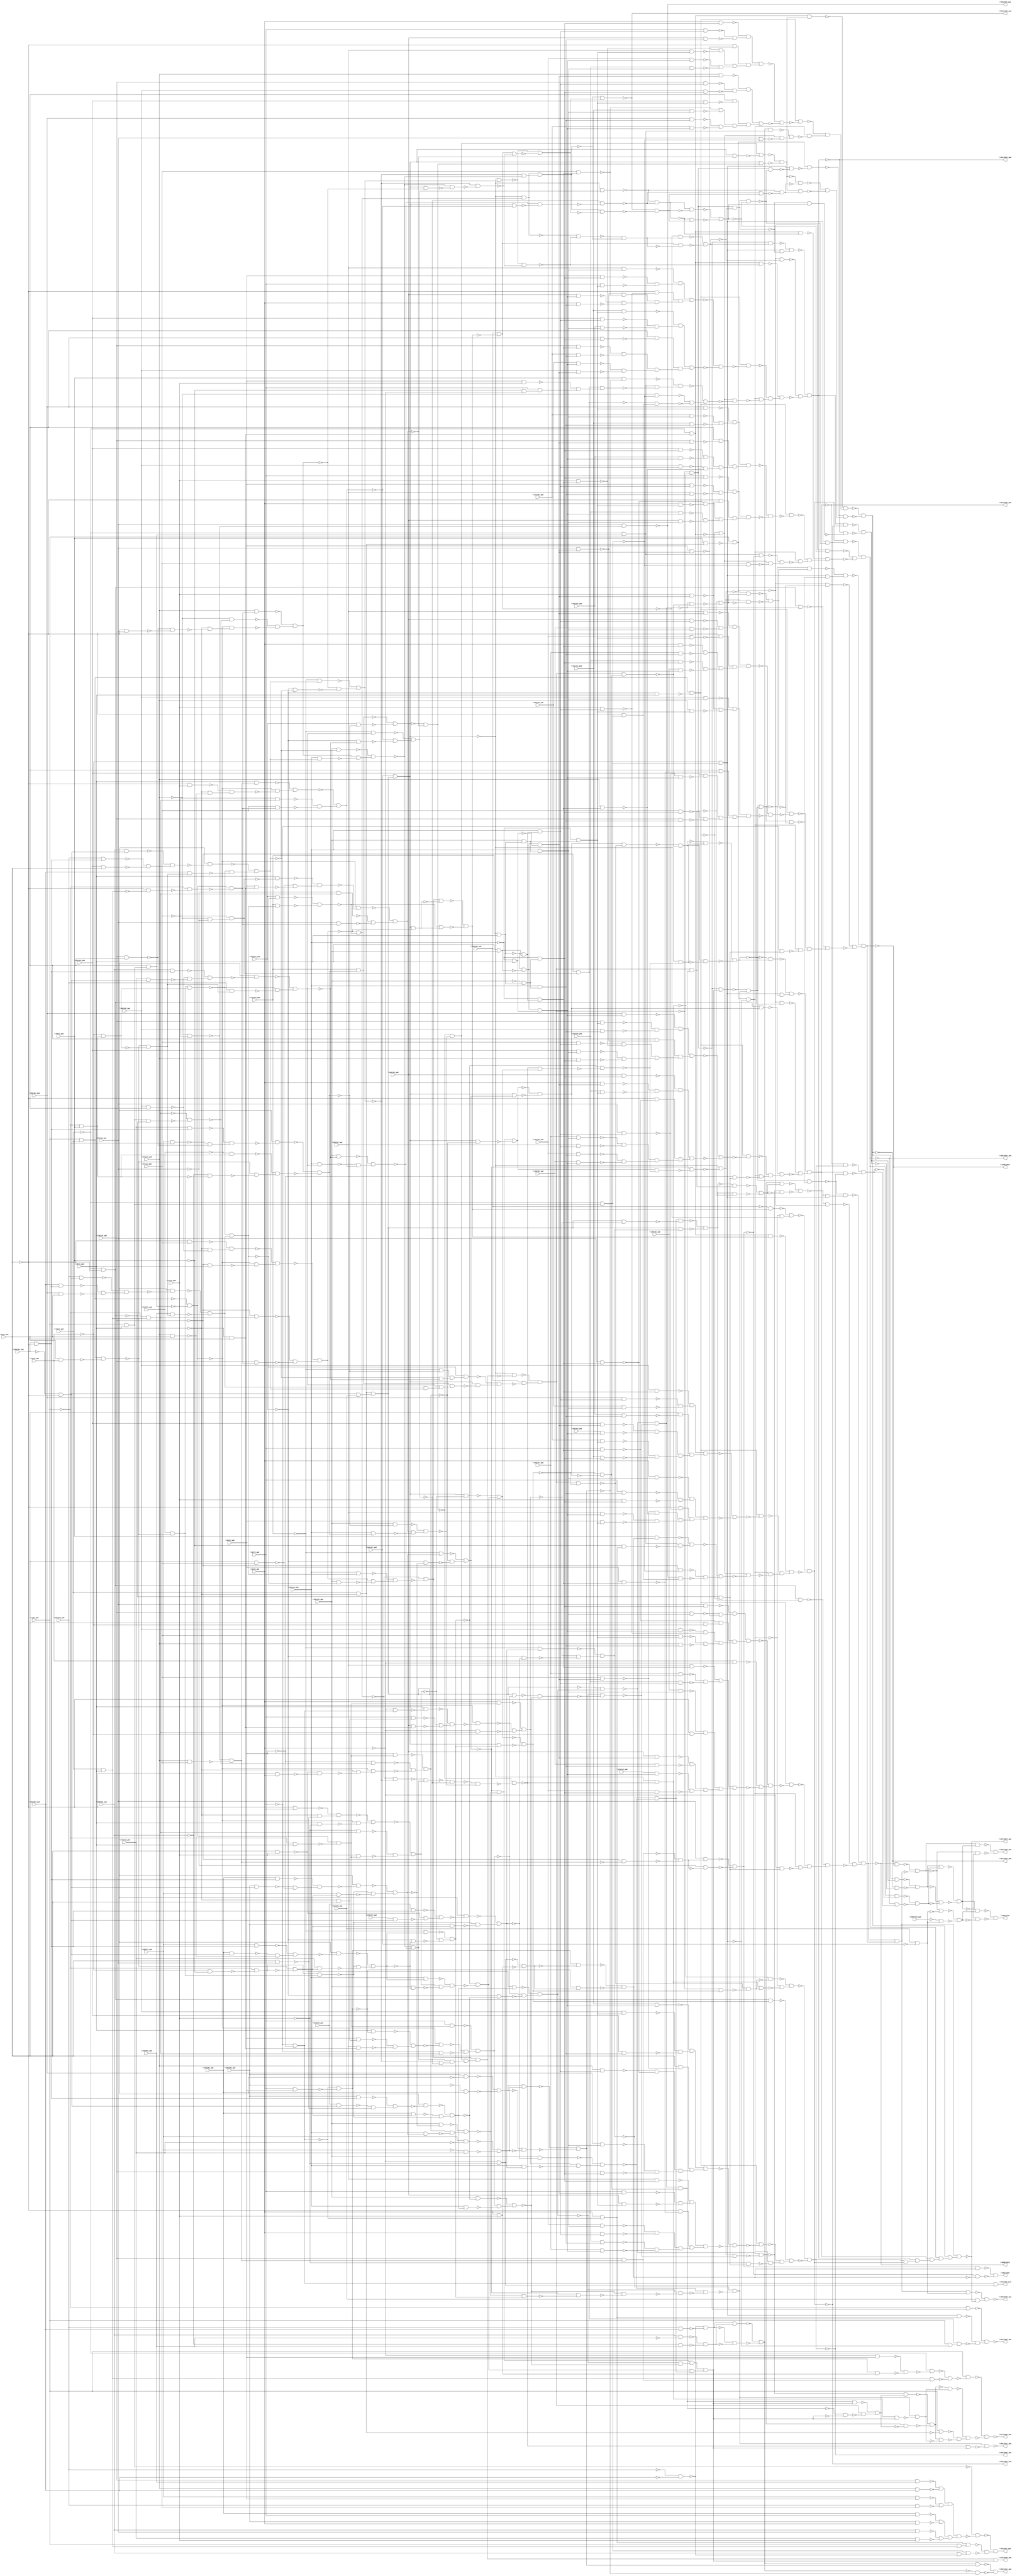
module top( \1(0)_pad  , \107(12)_pad  , \116(13)_pad  , \124(14)_pad  , \125(15)_pad  , \128(16)_pad  , \13(1)_pad  , \132(17)_pad  , \137(18)_pad  , \143(19)_pad  , \150(20)_pad  , \159(21)_pad  , \169(22)_pad  , \1698(48)_pad  , \179(23)_pad  , \190(24)_pad  , \20(2)_pad  , \200(25)_pad  , \213(26)_pad  , \222(27)_pad  , \223(28)_pad  , \226(29)_pad  , \232(30)_pad  , \238(31)_pad  , \244(32)_pad  , \250(33)_pad  , \257(34)_pad  , \264(35)_pad  , \270(36)_pad  , \274(37)_pad  , \283(38)_pad  , \2897(49)_pad  , \294(39)_pad  , \303(40)_pad  , \311(41)_pad  , \317(42)_pad  , \322(43)_pad  , \326(44)_pad  , \329(45)_pad  , \33(3)_pad  , \330(46)_pad  , \343(47)_pad  , \41(4)_pad  , \45(5)_pad  , \50(6)_pad  , \58(7)_pad  , \68(8)_pad  , \77(9)_pad  , \87(10)_pad  , \97(11)_pad  , \2690(1611)  , \2709(1587)  , \353(405)_pad  , \355(399)_pad  , \358(1161)_pad  , \361(940)_pad  , \364(1484)_pad  , \367(1585)_pad  , \369(1321)_pad  , \372(1243)_pad  , \381(1626)_pad  , \384(1553)_pad  , \387(1616)_pad  , \390(1603)_pad  , \393(1605)_pad  , \396(1504)_pad  , \399(1428)_pad  , \402(1718)_pad  , \404(1714)  , \407(1657)_pad  , \409(1670)_pad  , \605(1186)  );
  input \1(0)_pad  ;
  input \107(12)_pad  ;
  input \116(13)_pad  ;
  input \124(14)_pad  ;
  input \125(15)_pad  ;
  input \128(16)_pad  ;
  input \13(1)_pad  ;
  input \132(17)_pad  ;
  input \137(18)_pad  ;
  input \143(19)_pad  ;
  input \150(20)_pad  ;
  input \159(21)_pad  ;
  input \169(22)_pad  ;
  input \1698(48)_pad  ;
  input \179(23)_pad  ;
  input \190(24)_pad  ;
  input \20(2)_pad  ;
  input \200(25)_pad  ;
  input \213(26)_pad  ;
  input \222(27)_pad  ;
  input \223(28)_pad  ;
  input \226(29)_pad  ;
  input \232(30)_pad  ;
  input \238(31)_pad  ;
  input \244(32)_pad  ;
  input \250(33)_pad  ;
  input \257(34)_pad  ;
  input \264(35)_pad  ;
  input \270(36)_pad  ;
  input \274(37)_pad  ;
  input \283(38)_pad  ;
  input \2897(49)_pad  ;
  input \294(39)_pad  ;
  input \303(40)_pad  ;
  input \311(41)_pad  ;
  input \317(42)_pad  ;
  input \322(43)_pad  ;
  input \326(44)_pad  ;
  input \329(45)_pad  ;
  input \33(3)_pad  ;
  input \330(46)_pad  ;
  input \343(47)_pad  ;
  input \41(4)_pad  ;
  input \45(5)_pad  ;
  input \50(6)_pad  ;
  input \58(7)_pad  ;
  input \68(8)_pad  ;
  input \77(9)_pad  ;
  input \87(10)_pad  ;
  input \97(11)_pad  ;
  output \2690(1611)  ;
  output \2709(1587)  ;
  output \353(405)_pad  ;
  output \355(399)_pad  ;
  output \358(1161)_pad  ;
  output \361(940)_pad  ;
  output \364(1484)_pad  ;
  output \367(1585)_pad  ;
  output \369(1321)_pad  ;
  output \372(1243)_pad  ;
  output \381(1626)_pad  ;
  output \384(1553)_pad  ;
  output \387(1616)_pad  ;
  output \390(1603)_pad  ;
  output \393(1605)_pad  ;
  output \396(1504)_pad  ;
  output \399(1428)_pad  ;
  output \402(1718)_pad  ;
  output \404(1714)  ;
  output \407(1657)_pad  ;
  output \409(1670)_pad  ;
  output \605(1186)  ;
  wire n51 , n52 , n53 , n54 , n55 , n56 , n57 , n58 , n59 , n60 , n61 , n62 , n63 , n64 , n65 , n66 , n67 , n68 , n69 , n70 , n71 , n72 , n73 , n74 , n75 , n76 , n77 , n78 , n79 , n80 , n81 , n82 , n83 , n84 , n85 , n86 , n87 , n88 , n89 , n90 , n91 , n92 , n93 , n94 , n95 , n96 , n97 , n98 , n99 , n100 , n101 , n102 , n103 , n104 , n105 , n106 , n107 , n108 , n109 , n110 , n111 , n112 , n113 , n114 , n115 , n116 , n117 , n118 , n119 , n120 , n121 , n122 , n123 , n124 , n125 , n126 , n127 , n128 , n129 , n130 , n131 , n132 , n133 , n134 , n135 , n136 , n137 , n138 , n139 , n140 , n141 , n142 , n143 , n144 , n145 , n146 , n147 , n148 , n149 , n150 , n151 , n152 , n153 , n154 , n155 , n156 , n157 , n158 , n159 , n160 , n161 , n162 , n163 , n164 , n165 , n166 , n167 , n168 , n169 , n170 , n171 , n172 , n173 , n174 , n175 , n176 , n177 , n178 , n179 , n180 , n181 , n182 , n183 , n184 , n185 , n186 , n187 , n188 , n189 , n190 , n191 , n192 , n193 , n194 , n195 , n196 , n197 , n198 , n199 , n200 , n201 , n202 , n203 , n204 , n205 , n206 , n207 , n208 , n209 , n210 , n211 , n212 , n213 , n214 , n215 , n216 , n217 , n218 , n219 , n220 , n221 , n222 , n223 , n224 , n225 , n226 , n227 , n228 , n229 , n230 , n231 , n232 , n233 , n234 , n235 , n236 , n237 , n238 , n239 , n240 , n241 , n242 , n243 , n244 , n245 , n246 , n247 , n248 , n249 , n250 , n251 , n252 , n253 , n254 , n255 , n256 , n257 , n258 , n259 , n260 , n261 , n262 , n263 , n264 , n265 , n266 , n267 , n268 , n269 , n270 , n271 , n272 , n273 , n274 , n275 , n276 , n277 , n278 , n279 , n280 , n281 , n282 , n283 , n284 , n285 , n286 , n287 , n288 , n289 , n290 , n291 , n292 , n293 , n294 , n295 , n296 , n297 , n298 , n299 , n300 , n301 , n302 , n303 , n304 , n305 , n306 , n307 , n308 , n309 , n310 , n311 , n312 , n313 , n314 , n315 , n316 , n317 , n318 , n319 , n320 , n321 , n322 , n323 , n324 , n325 , n326 , n327 , n328 , n329 , n330 , n331 , n332 , n333 , n334 , n335 , n336 , n337 , n338 , n339 , n340 , n341 , n342 , n343 , n344 , n345 , n346 , n347 , n348 , n349 , n350 , n351 , n352 , n353 , n354 , n355 , n356 , n357 , n358 , n359 , n360 , n361 , n362 , n363 , n364 , n365 , n366 , n367 , n368 , n369 , n370 , n371 , n372 , n373 , n374 , n375 , n376 , n377 , n378 , n379 , n380 , n381 , n382 , n383 , n384 , n385 , n386 , n387 , n388 , n389 , n390 , n391 , n392 , n393 , n394 , n395 , n396 , n397 , n398 , n399 , n400 , n401 , n402 , n403 , n404 , n405 , n406 , n407 , n408 , n409 , n410 , n411 , n412 , n413 , n414 , n415 , n416 , n417 , n418 , n419 , n420 , n421 , n422 , n423 , n424 , n425 , n426 , n427 , n428 , n429 , n430 , n431 , n432 , n433 , n434 , n435 , n436 , n437 , n438 , n439 , n440 , n441 , n442 , n443 , n444 , n445 , n446 , n447 , n448 , n449 , n450 , n451 , n452 , n453 , n454 , n455 , n456 , n457 , n458 , n459 , n460 , n461 , n462 , n463 , n464 , n465 , n466 , n467 , n468 , n469 , n470 , n471 , n472 , n473 , n474 , n475 , n476 , n477 , n478 , n479 , n480 , n481 , n482 , n483 , n484 , n485 , n486 , n487 , n488 , n489 , n490 , n491 , n492 , n493 , n494 , n495 , n496 , n497 , n498 , n499 , n500 , n501 , n502 , n503 , n504 , n505 , n506 , n507 , n508 , n509 , n510 , n511 , n512 , n513 , n514 , n515 , n516 , n517 , n518 , n519 , n520 , n521 , n522 , n523 , n524 , n525 , n526 , n527 , n528 , n529 , n530 , n531 , n532 , n533 , n534 , n535 , n536 , n537 , n538 , n539 , n540 , n541 , n542 , n543 , n544 , n545 , n546 , n547 , n548 , n549 , n550 , n551 , n552 , n553 , n554 , n555 , n556 , n557 , n558 , n559 , n560 , n561 , n562 , n563 , n564 , n565 , n566 , n567 , n568 , n569 , n570 , n571 , n572 , n573 , n574 , n575 , n576 , n577 , n578 , n579 , n580 , n581 , n582 , n583 , n584 , n585 , n586 , n587 , n588 , n589 , n590 , n591 , n592 , n593 , n594 , n595 , n596 , n597 , n598 , n599 , n600 , n601 , n602 , n603 , n604 , n605 , n606 , n607 , n608 , n609 , n610 , n611 , n612 , n613 , n614 , n615 , n616 , n617 , n618 , n619 , n620 , n621 , n622 , n623 , n624 , n625 , n626 , n627 , n628 , n629 , n630 , n631 , n632 , n633 , n634 , n635 , n636 , n637 , n638 , n639 , n640 , n641 , n642 , n643 , n644 , n645 , n646 , n647 , n648 , n649 , n650 , n651 , n652 , n653 , n654 , n655 , n656 , n657 , n658 , n659 , n660 , n661 , n662 , n663 , n664 , n665 , n666 , n667 , n668 , n669 , n670 , n671 , n672 , n673 , n674 , n675 , n676 , n677 , n678 , n679 , n680 , n681 , n682 , n683 , n684 , n685 , n686 , n687 , n688 , n689 , n690 , n691 , n692 , n693 , n694 , n695 , n696 , n697 , n698 , n699 , n700 , n701 , n702 , n703 , n704 , n705 , n706 , n707 , n708 , n709 , n710 , n711 , n712 , n713 , n714 , n715 , n716 , n717 , n718 , n719 , n720 , n721 , n722 , n723 , n724 , n725 , n726 , n727 , n728 , n729 , n730 , n731 , n732 , n733 , n734 , n735 , n736 , n737 , n738 , n739 , n740 , n741 , n742 , n743 , n744 , n745 , n746 , n747 , n748 , n749 , n750 , n751 , n752 , n753 , n754 , n755 , n756 , n757 , n758 , n759 , n760 , n761 , n762 , n763 , n764 , n765 , n766 , n767 , n768 , n769 , n770 , n771 , n772 , n773 , n774 , n775 , n776 , n777 , n778 , n779 , n780 , n781 , n782 , n783 , n784 , n785 , n786 , n787 , n788 , n789 , n790 , n791 , n792 , n793 , n794 , n795 , n796 , n797 , n798 , n799 , n800 , n801 , n802 , n803 , n804 , n805 , n806 , n807 , n808 , n809 , n810 , n811 , n812 , n813 , n814 , n815 , n816 , n817 , n818 , n819 , n820 , n821 , n822 , n823 , n824 , n825 , n826 , n827 , n828 , n829 , n830 , n831 , n832 , n833 , n834 , n835 , n836 , n837 , n838 , n839 , n840 , n841 , n842 , n843 , n844 , n845 , n846 , n847 , n848 , n849 , n850 , n851 , n852 , n853 , n854 , n855 , n856 , n857 , n858 , n859 , n860 , n861 , n862 , n863 , n864 , n865 , n866 , n867 , n868 , n869 , n870 , n871 , n872 , n873 , n874 , n875 , n876 , n877 , n878 , n879 , n880 , n881 , n882 , n883 , n884 , n885 , n886 , n887 , n888 , n889 , n890 , n891 , n892 , n893 , n894 , n895 , n896 , n897 , n898 , n899 , n900 , n901 , n902 , n903 , n904 , n905 , n906 , n907 , n908 , n909 , n910 , n911 , n912 , n913 , n914 , n915 , n916 , n917 , n918 , n919 , n920 , n921 , n922 , n923 , n924 , n925 , n926 , n927 , n928 , n929 , n930 , n931 , n932 , n933 , n934 , n935 , n936 , n937 , n938 , n939 , n940 , n941 , n942 , n943 , n944 , n945 , n946 , n947 , n948 , n949 , n950 , n951 , n952 , n953 , n954 , n955 , n956 , n957 , n958 , n959 , n960 , n961 , n962 , n963 , n964 , n965 , n966 , n967 , n968 , n969 ;
  assign n51 = \13(1)_pad  & ~\20(2)_pad  ;
  assign n52 = ~\1(0)_pad  & \213(26)_pad  ;
  assign n53 = n51 & n52 ;
  assign n100 = \343(47)_pad  & n53 ;
  assign n190 = ~\33(3)_pad  & \97(11)_pad  ;
  assign n189 = \283(38)_pad  & \33(3)_pad  ;
  assign n191 = ~\20(2)_pad  & ~n189 ;
  assign n192 = ~n190 & n191 ;
  assign n54 = \1(0)_pad  & \13(1)_pad  ;
  assign n55 = \1(0)_pad  & \20(2)_pad  ;
  assign n56 = \33(3)_pad  & n55 ;
  assign n57 = ~n54 & ~n56 ;
  assign n188 = ~\116(13)_pad  & \20(2)_pad  ;
  assign n193 = ~n57 & ~n188 ;
  assign n194 = ~n192 & n193 ;
  assign n69 = \13(1)_pad  & \20(2)_pad  ;
  assign n70 = ~\1(0)_pad  & n69 ;
  assign n186 = ~\116(13)_pad  & n70 ;
  assign n172 = ~\33(3)_pad  & ~n69 ;
  assign n173 = ~\1(0)_pad  & ~n172 ;
  assign n174 = n57 & ~n173 ;
  assign n187 = \116(13)_pad  & n174 ;
  assign n195 = ~n186 & ~n187 ;
  assign n196 = ~n194 & n195 ;
  assign n77 = \33(3)_pad  & \41(4)_pad  ;
  assign n78 = n54 & ~n77 ;
  assign n83 = \274(37)_pad  & ~n78 ;
  assign n162 = ~\1(0)_pad  & \45(5)_pad  ;
  assign n197 = ~\41(4)_pad  & n162 ;
  assign n198 = n83 & n197 ;
  assign n85 = ~\1698(48)_pad  & ~\33(3)_pad  ;
  assign n200 = \257(34)_pad  & n85 ;
  assign n87 = \1698(48)_pad  & ~\33(3)_pad  ;
  assign n199 = \264(35)_pad  & n87 ;
  assign n201 = \303(40)_pad  & \33(3)_pad  ;
  assign n202 = ~n199 & ~n201 ;
  assign n203 = ~n200 & n202 ;
  assign n204 = n78 & ~n203 ;
  assign n205 = ~n78 & ~n197 ;
  assign n206 = \270(36)_pad  & n205 ;
  assign n207 = ~n204 & ~n206 ;
  assign n208 = ~n198 & n207 ;
  assign n209 = \169(22)_pad  & ~n208 ;
  assign n210 = \179(23)_pad  & n208 ;
  assign n211 = ~n209 & ~n210 ;
  assign n212 = ~n196 & ~n211 ;
  assign n331 = \190(24)_pad  & n208 ;
  assign n330 = \200(25)_pad  & ~n208 ;
  assign n332 = n196 & ~n330 ;
  assign n333 = ~n331 & n332 ;
  assign n334 = ~n212 & ~n333 ;
  assign n157 = \244(32)_pad  & n87 ;
  assign n156 = \238(31)_pad  & n85 ;
  assign n158 = \116(13)_pad  & \33(3)_pad  ;
  assign n159 = ~n156 & ~n158 ;
  assign n160 = ~n157 & n159 ;
  assign n161 = n78 & ~n160 ;
  assign n164 = ~\274(37)_pad  & n162 ;
  assign n163 = ~\250(33)_pad  & ~n162 ;
  assign n165 = ~n78 & ~n163 ;
  assign n166 = ~n164 & n165 ;
  assign n167 = ~n161 & ~n166 ;
  assign n168 = \179(23)_pad  & n167 ;
  assign n169 = \169(22)_pad  & ~n167 ;
  assign n170 = ~n168 & ~n169 ;
  assign n176 = ~\107(12)_pad  & ~\87(10)_pad  ;
  assign n177 = ~\97(11)_pad  & n176 ;
  assign n178 = \20(2)_pad  & ~n177 ;
  assign n115 = \33(3)_pad  & \97(11)_pad  ;
  assign n64 = ~\20(2)_pad  & ~\33(3)_pad  ;
  assign n179 = \68(8)_pad  & n64 ;
  assign n180 = ~n115 & ~n179 ;
  assign n181 = ~n178 & n180 ;
  assign n182 = ~n57 & ~n181 ;
  assign n171 = ~\87(10)_pad  & n70 ;
  assign n175 = \87(10)_pad  & n174 ;
  assign n183 = ~n171 & ~n175 ;
  assign n184 = ~n182 & n183 ;
  assign n185 = ~n170 & ~n184 ;
  assign n272 = \200(25)_pad  & ~n167 ;
  assign n271 = \190(24)_pad  & n167 ;
  assign n273 = n184 & ~n271 ;
  assign n274 = ~n272 & n273 ;
  assign n335 = ~n185 & ~n274 ;
  assign n223 = \250(33)_pad  & n85 ;
  assign n222 = \257(34)_pad  & n87 ;
  assign n224 = \294(39)_pad  & \33(3)_pad  ;
  assign n225 = ~n222 & ~n224 ;
  assign n226 = ~n223 & n225 ;
  assign n227 = n78 & ~n226 ;
  assign n221 = \264(35)_pad  & n205 ;
  assign n228 = ~n198 & ~n221 ;
  assign n229 = ~n227 & n228 ;
  assign n236 = \200(25)_pad  & ~n229 ;
  assign n214 = \107(12)_pad  & n174 ;
  assign n101 = ~\13(1)_pad  & ~\33(3)_pad  ;
  assign n102 = n55 & ~n101 ;
  assign n103 = ~n70 & ~n102 ;
  assign n213 = ~\107(12)_pad  & ~n103 ;
  assign n215 = ~\33(3)_pad  & \87(10)_pad  ;
  assign n216 = ~n158 & ~n215 ;
  assign n217 = ~\20(2)_pad  & ~n216 ;
  assign n218 = ~n57 & n217 ;
  assign n219 = ~n213 & ~n218 ;
  assign n220 = ~n214 & n219 ;
  assign n235 = \190(24)_pad  & n229 ;
  assign n237 = n220 & ~n235 ;
  assign n238 = ~n236 & n237 ;
  assign n241 = \250(33)_pad  & n87 ;
  assign n240 = \244(32)_pad  & n85 ;
  assign n242 = ~n189 & ~n240 ;
  assign n243 = ~n241 & n242 ;
  assign n244 = n78 & ~n243 ;
  assign n239 = \257(34)_pad  & n205 ;
  assign n245 = ~n198 & ~n239 ;
  assign n246 = ~n244 & n245 ;
  assign n261 = \200(25)_pad  & ~n246 ;
  assign n247 = \190(24)_pad  & n246 ;
  assign n253 = ~\107(12)_pad  & ~\97(11)_pad  ;
  assign n254 = \107(12)_pad  & \97(11)_pad  ;
  assign n255 = ~n253 & ~n254 ;
  assign n256 = \20(2)_pad  & n255 ;
  assign n250 = ~\33(3)_pad  & \77(9)_pad  ;
  assign n145 = \107(12)_pad  & \33(3)_pad  ;
  assign n251 = ~\20(2)_pad  & ~n145 ;
  assign n252 = ~n250 & n251 ;
  assign n257 = ~n57 & ~n252 ;
  assign n258 = ~n256 & n257 ;
  assign n248 = ~\97(11)_pad  & n70 ;
  assign n249 = \97(11)_pad  & n174 ;
  assign n259 = ~n248 & ~n249 ;
  assign n260 = ~n258 & n259 ;
  assign n262 = ~n247 & n260 ;
  assign n263 = ~n261 & n262 ;
  assign n264 = ~n238 & ~n263 ;
  assign n231 = ~\179(23)_pad  & n229 ;
  assign n230 = ~\169(22)_pad  & ~n229 ;
  assign n232 = ~n220 & ~n230 ;
  assign n233 = ~n231 & n232 ;
  assign n267 = ~\179(23)_pad  & n246 ;
  assign n266 = ~\169(22)_pad  & ~n246 ;
  assign n268 = ~n260 & ~n266 ;
  assign n269 = ~n267 & n268 ;
  assign n336 = ~n233 & ~n269 ;
  assign n337 = n264 & n336 ;
  assign n338 = n335 & n337 ;
  assign n339 = n334 & n338 ;
  assign n340 = ~n100 & ~n339 ;
  assign n344 = ~\179(23)_pad  & ~n167 ;
  assign n345 = ~n229 & ~n246 ;
  assign n346 = n344 & n345 ;
  assign n347 = ~n208 & n346 ;
  assign n341 = n207 & n229 ;
  assign n342 = n246 & n341 ;
  assign n343 = n168 & n342 ;
  assign n348 = n100 & ~n343 ;
  assign n349 = ~n347 & n348 ;
  assign n350 = \330(46)_pad  & ~n349 ;
  assign n351 = ~n340 & n350 ;
  assign n234 = ~n212 & ~n233 ;
  assign n265 = ~n234 & n264 ;
  assign n270 = ~n265 & ~n269 ;
  assign n275 = ~n270 & ~n274 ;
  assign n276 = ~n185 & ~n275 ;
  assign n433 = ~n100 & ~n276 ;
  assign n434 = ~n351 & ~n433 ;
  assign n116 = \232(30)_pad  & n87 ;
  assign n114 = \226(29)_pad  & n85 ;
  assign n117 = ~n114 & ~n115 ;
  assign n118 = ~n116 & n117 ;
  assign n119 = n78 & ~n118 ;
  assign n79 = ~\41(4)_pad  & ~\45(5)_pad  ;
  assign n80 = ~\1(0)_pad  & ~n79 ;
  assign n84 = n80 & n83 ;
  assign n81 = ~n78 & ~n80 ;
  assign n113 = \238(31)_pad  & n81 ;
  assign n120 = ~n84 & ~n113 ;
  assign n121 = ~n119 & n120 ;
  assign n123 = ~\179(23)_pad  & n121 ;
  assign n72 = ~\1(0)_pad  & \20(2)_pad  ;
  assign n73 = n57 & ~n72 ;
  assign n105 = \68(8)_pad  & n73 ;
  assign n104 = ~\68(8)_pad  & ~n103 ;
  assign n106 = \33(3)_pad  & \77(9)_pad  ;
  assign n107 = ~\33(3)_pad  & \50(6)_pad  ;
  assign n108 = ~n106 & ~n107 ;
  assign n109 = ~\20(2)_pad  & ~n108 ;
  assign n110 = ~n57 & n109 ;
  assign n111 = ~n104 & ~n110 ;
  assign n112 = ~n105 & n111 ;
  assign n122 = ~\169(22)_pad  & ~n121 ;
  assign n124 = ~n112 & ~n122 ;
  assign n125 = ~n123 & n124 ;
  assign n127 = \200(25)_pad  & ~n121 ;
  assign n126 = \190(24)_pad  & n121 ;
  assign n128 = n112 & ~n126 ;
  assign n129 = ~n127 & n128 ;
  assign n130 = ~n125 & ~n129 ;
  assign n88 = \226(29)_pad  & n87 ;
  assign n86 = \223(28)_pad  & n85 ;
  assign n89 = \33(3)_pad  & \87(10)_pad  ;
  assign n90 = ~n86 & ~n89 ;
  assign n91 = ~n88 & n90 ;
  assign n92 = n78 & ~n91 ;
  assign n82 = \232(30)_pad  & n81 ;
  assign n93 = ~n82 & ~n84 ;
  assign n94 = ~n92 & n93 ;
  assign n96 = ~\179(23)_pad  & n94 ;
  assign n74 = \58(7)_pad  & n73 ;
  assign n60 = ~\58(7)_pad  & ~\68(8)_pad  ;
  assign n61 = \58(7)_pad  & \68(8)_pad  ;
  assign n62 = ~n60 & ~n61 ;
  assign n63 = \20(2)_pad  & ~n62 ;
  assign n58 = ~\20(2)_pad  & \33(3)_pad  ;
  assign n59 = \68(8)_pad  & n58 ;
  assign n65 = \159(21)_pad  & n64 ;
  assign n66 = ~n59 & ~n65 ;
  assign n67 = ~n63 & n66 ;
  assign n68 = ~n57 & ~n67 ;
  assign n71 = ~\58(7)_pad  & n70 ;
  assign n75 = ~n68 & ~n71 ;
  assign n76 = ~n74 & n75 ;
  assign n95 = ~\169(22)_pad  & ~n94 ;
  assign n97 = ~n76 & ~n95 ;
  assign n98 = ~n96 & n97 ;
  assign n291 = \200(25)_pad  & ~n94 ;
  assign n290 = \190(24)_pad  & n94 ;
  assign n292 = n76 & ~n290 ;
  assign n293 = ~n291 & n292 ;
  assign n435 = ~n98 & ~n293 ;
  assign n436 = n130 & n435 ;
  assign n146 = \238(31)_pad  & n87 ;
  assign n144 = \232(30)_pad  & n85 ;
  assign n147 = ~n144 & ~n145 ;
  assign n148 = ~n146 & n147 ;
  assign n149 = n78 & ~n148 ;
  assign n143 = \244(32)_pad  & n81 ;
  assign n150 = ~n84 & ~n143 ;
  assign n151 = ~n149 & n150 ;
  assign n153 = ~\179(23)_pad  & n151 ;
  assign n136 = ~\33(3)_pad  & \58(7)_pad  ;
  assign n137 = ~\20(2)_pad  & ~n89 ;
  assign n138 = ~n136 & n137 ;
  assign n135 = \20(2)_pad  & ~\77(9)_pad  ;
  assign n139 = ~n57 & ~n135 ;
  assign n140 = ~n138 & n139 ;
  assign n133 = ~\77(9)_pad  & n70 ;
  assign n134 = \77(9)_pad  & n73 ;
  assign n141 = ~n133 & ~n134 ;
  assign n142 = ~n140 & n141 ;
  assign n152 = ~\169(22)_pad  & ~n151 ;
  assign n154 = ~n142 & ~n152 ;
  assign n155 = ~n153 & n154 ;
  assign n279 = \190(24)_pad  & n151 ;
  assign n278 = \200(25)_pad  & ~n151 ;
  assign n280 = n142 & ~n278 ;
  assign n281 = ~n279 & n280 ;
  assign n282 = ~n155 & ~n281 ;
  assign n311 = \223(28)_pad  & n87 ;
  assign n310 = \222(27)_pad  & n85 ;
  assign n312 = ~n106 & ~n310 ;
  assign n313 = ~n311 & n312 ;
  assign n314 = n78 & ~n313 ;
  assign n309 = \226(29)_pad  & n81 ;
  assign n315 = ~n84 & ~n309 ;
  assign n316 = ~n314 & n315 ;
  assign n318 = ~\179(23)_pad  & n316 ;
  assign n306 = \50(6)_pad  & n73 ;
  assign n299 = ~\50(6)_pad  & n60 ;
  assign n300 = \20(2)_pad  & ~n299 ;
  assign n298 = \58(7)_pad  & n58 ;
  assign n301 = \150(20)_pad  & n64 ;
  assign n302 = ~n298 & ~n301 ;
  assign n303 = ~n300 & n302 ;
  assign n304 = ~n57 & ~n303 ;
  assign n305 = ~\50(6)_pad  & n70 ;
  assign n307 = ~n304 & ~n305 ;
  assign n308 = ~n306 & n307 ;
  assign n317 = ~\169(22)_pad  & ~n316 ;
  assign n319 = ~n308 & ~n317 ;
  assign n320 = ~n318 & n319 ;
  assign n322 = \200(25)_pad  & ~n316 ;
  assign n321 = \190(24)_pad  & n316 ;
  assign n323 = n308 & ~n321 ;
  assign n324 = ~n322 & n323 ;
  assign n325 = ~n320 & ~n324 ;
  assign n437 = n282 & n325 ;
  assign n438 = n436 & n437 ;
  assign n439 = ~n434 & n438 ;
  assign n440 = ~n129 & n155 ;
  assign n441 = ~n125 & ~n440 ;
  assign n442 = ~n293 & ~n441 ;
  assign n443 = ~n98 & ~n442 ;
  assign n444 = ~n324 & ~n443 ;
  assign n445 = ~n320 & ~n444 ;
  assign n446 = ~n439 & n445 ;
  assign n131 = n100 & ~n112 ;
  assign n132 = n130 & ~n131 ;
  assign n355 = n100 & n125 ;
  assign n356 = ~n132 & ~n355 ;
  assign n277 = n100 & ~n142 ;
  assign n283 = ~n277 & n282 ;
  assign n353 = n100 & n155 ;
  assign n354 = ~n283 & ~n353 ;
  assign n447 = n351 & ~n354 ;
  assign n448 = n356 & ~n447 ;
  assign n357 = ~n354 & ~n356 ;
  assign n449 = n351 & n357 ;
  assign n450 = ~n448 & ~n449 ;
  assign n284 = ~n276 & n283 ;
  assign n285 = ~n155 & ~n284 ;
  assign n451 = ~n100 & ~n285 ;
  assign n452 = ~n450 & n451 ;
  assign n453 = n450 & ~n451 ;
  assign n454 = ~n452 & ~n453 ;
  assign n455 = n446 & ~n454 ;
  assign n286 = n132 & ~n285 ;
  assign n287 = ~n125 & ~n286 ;
  assign n288 = ~n100 & ~n287 ;
  assign n99 = ~n53 & n98 ;
  assign n289 = n53 & ~n76 ;
  assign n294 = ~n289 & ~n293 ;
  assign n295 = ~n98 & ~n294 ;
  assign n352 = ~n99 & ~n295 ;
  assign n358 = n352 & n357 ;
  assign n359 = n351 & n358 ;
  assign n456 = ~n352 & ~n449 ;
  assign n457 = ~n359 & ~n456 ;
  assign n458 = ~n288 & n457 ;
  assign n459 = n288 & ~n457 ;
  assign n460 = ~n458 & ~n459 ;
  assign n461 = n455 & ~n460 ;
  assign n462 = n446 & ~n461 ;
  assign n296 = n288 & ~n295 ;
  assign n297 = ~n99 & ~n296 ;
  assign n326 = n53 & ~n308 ;
  assign n327 = n325 & ~n326 ;
  assign n328 = n53 & n320 ;
  assign n329 = ~n327 & ~n328 ;
  assign n360 = ~n329 & n359 ;
  assign n361 = n329 & ~n359 ;
  assign n362 = ~n360 & ~n361 ;
  assign n363 = n297 & n362 ;
  assign n364 = ~n297 & ~n362 ;
  assign n365 = ~n363 & ~n364 ;
  assign n369 = ~\13(1)_pad  & n55 ;
  assign n370 = ~\41(4)_pad  & n369 ;
  assign n463 = ~n365 & n370 ;
  assign n464 = ~n462 & n463 ;
  assign n366 = \45(5)_pad  & n51 ;
  assign n367 = \1(0)_pad  & ~n366 ;
  assign n368 = ~n365 & ~n367 ;
  assign n427 = n101 & n329 ;
  assign n372 = ~\169(22)_pad  & \20(2)_pad  ;
  assign n373 = n54 & ~n372 ;
  assign n375 = \179(23)_pad  & \20(2)_pad  ;
  assign n384 = ~\200(25)_pad  & n375 ;
  assign n389 = ~\190(24)_pad  & n384 ;
  assign n414 = \87(10)_pad  & n389 ;
  assign n376 = \200(25)_pad  & n375 ;
  assign n377 = \190(24)_pad  & n376 ;
  assign n412 = \116(13)_pad  & n377 ;
  assign n379 = \20(2)_pad  & \200(25)_pad  ;
  assign n380 = ~n375 & ~n379 ;
  assign n381 = ~\190(24)_pad  & \20(2)_pad  ;
  assign n382 = n380 & ~n381 ;
  assign n413 = \68(8)_pad  & n382 ;
  assign n419 = ~n412 & ~n413 ;
  assign n420 = ~n414 & n419 ;
  assign n393 = ~n375 & n379 ;
  assign n396 = ~\190(24)_pad  & n393 ;
  assign n407 = \58(7)_pad  & n396 ;
  assign n415 = \33(3)_pad  & ~\41(4)_pad  ;
  assign n416 = ~n407 & n415 ;
  assign n387 = n380 & n381 ;
  assign n408 = \283(38)_pad  & n387 ;
  assign n394 = \190(24)_pad  & n393 ;
  assign n409 = \77(9)_pad  & n394 ;
  assign n417 = ~n408 & ~n409 ;
  assign n391 = ~\190(24)_pad  & n376 ;
  assign n410 = \97(11)_pad  & n391 ;
  assign n385 = \190(24)_pad  & n384 ;
  assign n411 = \107(12)_pad  & n385 ;
  assign n418 = ~n410 & ~n411 ;
  assign n421 = n417 & n418 ;
  assign n422 = n416 & n421 ;
  assign n423 = n420 & n422 ;
  assign n374 = \41(4)_pad  & ~\50(6)_pad  ;
  assign n397 = \159(21)_pad  & n396 ;
  assign n392 = \132(17)_pad  & n391 ;
  assign n395 = \143(19)_pad  & n394 ;
  assign n402 = ~n392 & ~n395 ;
  assign n403 = ~n397 & n402 ;
  assign n378 = \125(15)_pad  & n377 ;
  assign n398 = ~\33(3)_pad  & ~\41(4)_pad  ;
  assign n399 = ~n378 & n398 ;
  assign n383 = \150(20)_pad  & n382 ;
  assign n386 = \128(16)_pad  & n385 ;
  assign n400 = ~n383 & ~n386 ;
  assign n388 = \124(14)_pad  & n387 ;
  assign n390 = \137(18)_pad  & n389 ;
  assign n401 = ~n388 & ~n390 ;
  assign n404 = n400 & n401 ;
  assign n405 = n399 & n404 ;
  assign n406 = n403 & n405 ;
  assign n424 = ~n374 & ~n406 ;
  assign n425 = ~n423 & n424 ;
  assign n426 = n373 & ~n425 ;
  assign n371 = n367 & ~n370 ;
  assign n428 = ~n101 & ~n373 ;
  assign n429 = ~\50(6)_pad  & n428 ;
  assign n430 = n371 & ~n429 ;
  assign n431 = ~n426 & n430 ;
  assign n432 = ~n427 & n431 ;
  assign n465 = ~n368 & ~n432 ;
  assign n466 = ~n464 & n465 ;
  assign n507 = ~n455 & n460 ;
  assign n508 = n370 & ~n461 ;
  assign n509 = ~n507 & n508 ;
  assign n467 = ~n367 & ~n460 ;
  assign n502 = n101 & ~n352 ;
  assign n475 = \159(21)_pad  & n382 ;
  assign n473 = \150(20)_pad  & n394 ;
  assign n474 = \128(16)_pad  & n377 ;
  assign n479 = ~n473 & ~n474 ;
  assign n480 = ~n475 & n479 ;
  assign n468 = \137(18)_pad  & n391 ;
  assign n476 = ~\33(3)_pad  & ~n468 ;
  assign n469 = \50(6)_pad  & n396 ;
  assign n470 = \132(17)_pad  & n385 ;
  assign n477 = ~n469 & ~n470 ;
  assign n471 = \143(19)_pad  & n389 ;
  assign n472 = \125(15)_pad  & n387 ;
  assign n478 = ~n471 & ~n472 ;
  assign n481 = n477 & n478 ;
  assign n482 = n476 & n481 ;
  assign n483 = n480 & n482 ;
  assign n491 = \283(38)_pad  & n377 ;
  assign n489 = \77(9)_pad  & n382 ;
  assign n490 = \107(12)_pad  & n391 ;
  assign n495 = ~n489 & ~n490 ;
  assign n496 = ~n491 & n495 ;
  assign n484 = \68(8)_pad  & n396 ;
  assign n492 = \33(3)_pad  & ~n484 ;
  assign n485 = \87(10)_pad  & n394 ;
  assign n486 = \294(39)_pad  & n387 ;
  assign n493 = ~n485 & ~n486 ;
  assign n487 = \97(11)_pad  & n389 ;
  assign n488 = \116(13)_pad  & n385 ;
  assign n494 = ~n487 & ~n488 ;
  assign n497 = n493 & n494 ;
  assign n498 = n492 & n497 ;
  assign n499 = n496 & n498 ;
  assign n500 = ~n483 & ~n499 ;
  assign n501 = n373 & ~n500 ;
  assign n503 = ~\58(7)_pad  & n428 ;
  assign n504 = n371 & ~n503 ;
  assign n505 = ~n501 & n504 ;
  assign n506 = ~n502 & n505 ;
  assign n510 = ~n467 & ~n506 ;
  assign n511 = ~n509 & n510 ;
  assign n512 = ~\50(6)_pad  & ~\77(9)_pad  ;
  assign n513 = n60 & n512 ;
  assign n514 = \87(10)_pad  & ~n253 ;
  assign n515 = ~\257(34)_pad  & ~\264(35)_pad  ;
  assign n516 = \257(34)_pad  & \264(35)_pad  ;
  assign n517 = ~n515 & ~n516 ;
  assign n518 = \250(33)_pad  & ~\270(36)_pad  ;
  assign n519 = ~\250(33)_pad  & \270(36)_pad  ;
  assign n520 = ~n518 & ~n519 ;
  assign n521 = n517 & n520 ;
  assign n522 = ~n517 & ~n520 ;
  assign n523 = ~n521 & ~n522 ;
  assign n524 = \226(29)_pad  & ~\232(30)_pad  ;
  assign n525 = ~\226(29)_pad  & \232(30)_pad  ;
  assign n526 = ~n524 & ~n525 ;
  assign n527 = \238(31)_pad  & ~\244(32)_pad  ;
  assign n528 = ~\238(31)_pad  & \244(32)_pad  ;
  assign n529 = ~n527 & ~n528 ;
  assign n530 = n526 & n529 ;
  assign n531 = ~n526 & ~n529 ;
  assign n532 = ~n530 & ~n531 ;
  assign n533 = n523 & n532 ;
  assign n534 = ~n523 & ~n532 ;
  assign n535 = ~n533 & ~n534 ;
  assign n540 = \116(13)_pad  & \270(36)_pad  ;
  assign n541 = \107(12)_pad  & \264(35)_pad  ;
  assign n546 = ~n540 & ~n541 ;
  assign n542 = \238(31)_pad  & \68(8)_pad  ;
  assign n543 = \257(34)_pad  & \97(11)_pad  ;
  assign n547 = ~n542 & ~n543 ;
  assign n548 = n546 & n547 ;
  assign n536 = \232(30)_pad  & \58(7)_pad  ;
  assign n537 = \226(29)_pad  & \50(6)_pad  ;
  assign n544 = ~n536 & ~n537 ;
  assign n538 = \250(33)_pad  & \87(10)_pad  ;
  assign n539 = \244(32)_pad  & \77(9)_pad  ;
  assign n545 = ~n538 & ~n539 ;
  assign n549 = n544 & n545 ;
  assign n550 = n548 & n549 ;
  assign n551 = ~n55 & ~n550 ;
  assign n552 = \50(6)_pad  & ~n60 ;
  assign n553 = \1(0)_pad  & n69 ;
  assign n554 = n552 & n553 ;
  assign n555 = \250(33)_pad  & ~n515 ;
  assign n556 = n369 & n555 ;
  assign n557 = ~n554 & ~n556 ;
  assign n558 = ~n551 & n557 ;
  assign n560 = ~\1(0)_pad  & ~n434 ;
  assign n559 = n370 & n552 ;
  assign n561 = ~\116(13)_pad  & n177 ;
  assign n562 = \1(0)_pad  & ~n370 ;
  assign n563 = n561 & n562 ;
  assign n564 = ~n559 & ~n563 ;
  assign n565 = ~n560 & n564 ;
  assign n566 = ~\50(6)_pad  & \68(8)_pad  ;
  assign n567 = \50(6)_pad  & \77(9)_pad  ;
  assign n568 = n62 & n567 ;
  assign n569 = ~n566 & ~n568 ;
  assign n570 = ~\13(1)_pad  & ~n569 ;
  assign n571 = \116(13)_pad  & n255 ;
  assign n572 = n69 & n571 ;
  assign n573 = ~n570 & ~n572 ;
  assign n574 = \1(0)_pad  & ~n573 ;
  assign n577 = n358 & n438 ;
  assign n576 = ~n358 & ~n438 ;
  assign n578 = n351 & ~n576 ;
  assign n579 = ~n577 & n578 ;
  assign n580 = ~n297 & n579 ;
  assign n581 = n297 & ~n579 ;
  assign n582 = ~n580 & ~n581 ;
  assign n583 = n433 & n438 ;
  assign n584 = n445 & ~n583 ;
  assign n586 = ~n582 & n584 ;
  assign n575 = \1(0)_pad  & ~n51 ;
  assign n585 = n582 & ~n584 ;
  assign n587 = ~n575 & ~n585 ;
  assign n588 = ~n586 & n587 ;
  assign n589 = ~n574 & ~n588 ;
  assign n590 = ~n276 & n438 ;
  assign n591 = n445 & ~n590 ;
  assign n592 = n339 & n438 ;
  assign n632 = ~n446 & n454 ;
  assign n633 = n370 & ~n455 ;
  assign n634 = ~n632 & n633 ;
  assign n593 = ~n367 & ~n454 ;
  assign n627 = n101 & n356 ;
  assign n601 = \303(40)_pad  & n387 ;
  assign n599 = \116(13)_pad  & n391 ;
  assign n600 = \283(38)_pad  & n385 ;
  assign n605 = ~n599 & ~n600 ;
  assign n606 = ~n601 & n605 ;
  assign n594 = \87(10)_pad  & n382 ;
  assign n602 = \33(3)_pad  & ~n594 ;
  assign n595 = \97(11)_pad  & n394 ;
  assign n596 = \77(9)_pad  & n396 ;
  assign n603 = ~n595 & ~n596 ;
  assign n597 = \294(39)_pad  & n377 ;
  assign n598 = \107(12)_pad  & n389 ;
  assign n604 = ~n597 & ~n598 ;
  assign n607 = n603 & n604 ;
  assign n608 = n602 & n607 ;
  assign n609 = n606 & n608 ;
  assign n616 = \150(20)_pad  & n389 ;
  assign n614 = \50(6)_pad  & n382 ;
  assign n615 = \143(19)_pad  & n391 ;
  assign n620 = ~n614 & ~n615 ;
  assign n621 = ~n616 & n620 ;
  assign n617 = ~\33(3)_pad  & ~n407 ;
  assign n610 = \132(17)_pad  & n377 ;
  assign n611 = \159(21)_pad  & n394 ;
  assign n618 = ~n610 & ~n611 ;
  assign n612 = \137(18)_pad  & n385 ;
  assign n613 = \128(16)_pad  & n387 ;
  assign n619 = ~n612 & ~n613 ;
  assign n622 = n618 & n619 ;
  assign n623 = n617 & n622 ;
  assign n624 = n621 & n623 ;
  assign n625 = ~n609 & ~n624 ;
  assign n626 = n373 & ~n625 ;
  assign n628 = ~\68(8)_pad  & n428 ;
  assign n629 = n371 & ~n628 ;
  assign n630 = ~n626 & n629 ;
  assign n631 = ~n627 & n630 ;
  assign n635 = ~n593 & ~n631 ;
  assign n636 = ~n634 & n635 ;
  assign n637 = ~n351 & n354 ;
  assign n638 = ~n447 & ~n637 ;
  assign n640 = ~n433 & ~n638 ;
  assign n639 = n433 & n638 ;
  assign n641 = ~n371 & ~n639 ;
  assign n642 = ~n640 & n641 ;
  assign n676 = n101 & n354 ;
  assign n650 = \311(41)_pad  & n387 ;
  assign n648 = \283(38)_pad  & n391 ;
  assign n649 = \294(39)_pad  & n385 ;
  assign n654 = ~n648 & ~n649 ;
  assign n655 = ~n650 & n654 ;
  assign n643 = \97(11)_pad  & n382 ;
  assign n651 = \33(3)_pad  & ~n643 ;
  assign n644 = \107(12)_pad  & n394 ;
  assign n645 = \87(10)_pad  & n396 ;
  assign n652 = ~n644 & ~n645 ;
  assign n646 = \303(40)_pad  & n377 ;
  assign n647 = \116(13)_pad  & n389 ;
  assign n653 = ~n646 & ~n647 ;
  assign n656 = n652 & n653 ;
  assign n657 = n651 & n656 ;
  assign n658 = n655 & n657 ;
  assign n665 = \159(21)_pad  & n389 ;
  assign n663 = \58(7)_pad  & n382 ;
  assign n664 = \150(20)_pad  & n391 ;
  assign n669 = ~n663 & ~n664 ;
  assign n670 = ~n665 & n669 ;
  assign n666 = ~\33(3)_pad  & ~n484 ;
  assign n659 = \137(18)_pad  & n377 ;
  assign n660 = \50(6)_pad  & n394 ;
  assign n667 = ~n659 & ~n660 ;
  assign n661 = \143(19)_pad  & n385 ;
  assign n662 = \132(17)_pad  & n387 ;
  assign n668 = ~n661 & ~n662 ;
  assign n671 = n667 & n668 ;
  assign n672 = n666 & n671 ;
  assign n673 = n670 & n672 ;
  assign n674 = ~n658 & ~n673 ;
  assign n675 = n373 & ~n674 ;
  assign n677 = ~\77(9)_pad  & n428 ;
  assign n678 = n371 & ~n677 ;
  assign n679 = ~n675 & n678 ;
  assign n680 = ~n676 & n679 ;
  assign n681 = ~n642 & ~n680 ;
  assign n682 = ~\13(1)_pad  & n64 ;
  assign n683 = n100 & ~n184 ;
  assign n684 = n335 & ~n683 ;
  assign n685 = n100 & n185 ;
  assign n686 = ~n684 & ~n685 ;
  assign n687 = n682 & n686 ;
  assign n693 = \50(6)_pad  & n389 ;
  assign n691 = \58(7)_pad  & n394 ;
  assign n692 = \150(20)_pad  & n385 ;
  assign n697 = ~n691 & ~n692 ;
  assign n698 = ~n693 & n697 ;
  assign n694 = ~\33(3)_pad  & ~n413 ;
  assign n688 = \159(21)_pad  & n391 ;
  assign n695 = ~n596 & ~n688 ;
  assign n689 = \137(18)_pad  & n387 ;
  assign n690 = \143(19)_pad  & n377 ;
  assign n696 = ~n689 & ~n690 ;
  assign n699 = n695 & n696 ;
  assign n700 = n694 & n699 ;
  assign n701 = n698 & n700 ;
  assign n709 = \107(12)_pad  & n382 ;
  assign n707 = \116(13)_pad  & n394 ;
  assign n708 = \283(38)_pad  & n389 ;
  assign n713 = ~n707 & ~n708 ;
  assign n714 = ~n709 & n713 ;
  assign n702 = \294(39)_pad  & n391 ;
  assign n710 = \33(3)_pad  & ~n702 ;
  assign n703 = \97(11)_pad  & n396 ;
  assign n704 = \311(41)_pad  & n377 ;
  assign n711 = ~n703 & ~n704 ;
  assign n705 = \303(40)_pad  & n385 ;
  assign n706 = \317(42)_pad  & n387 ;
  assign n712 = ~n705 & ~n706 ;
  assign n715 = n711 & n712 ;
  assign n716 = n710 & n715 ;
  assign n717 = n714 & n716 ;
  assign n718 = ~n701 & ~n717 ;
  assign n719 = n373 & ~n718 ;
  assign n721 = ~\13(1)_pad  & n56 ;
  assign n722 = n523 & n721 ;
  assign n720 = ~n373 & ~n682 ;
  assign n723 = \87(10)_pad  & ~n369 ;
  assign n724 = n720 & ~n723 ;
  assign n725 = ~n722 & n724 ;
  assign n726 = n371 & ~n725 ;
  assign n727 = ~n719 & n726 ;
  assign n728 = ~n687 & n727 ;
  assign n729 = n100 & ~n196 ;
  assign n730 = n334 & ~n729 ;
  assign n731 = ~n211 & n729 ;
  assign n732 = ~n730 & ~n731 ;
  assign n733 = \330(46)_pad  & ~n732 ;
  assign n734 = ~n100 & n212 ;
  assign n735 = ~n100 & n233 ;
  assign n736 = n100 & ~n220 ;
  assign n737 = ~n238 & ~n736 ;
  assign n738 = ~n233 & ~n737 ;
  assign n739 = ~n735 & ~n738 ;
  assign n740 = ~n734 & ~n739 ;
  assign n741 = ~n233 & ~n238 ;
  assign n742 = n734 & n741 ;
  assign n743 = ~n740 & ~n742 ;
  assign n744 = ~n733 & n743 ;
  assign n745 = n733 & ~n743 ;
  assign n746 = ~n744 & ~n745 ;
  assign n747 = n434 & ~n746 ;
  assign n748 = ~n100 & n269 ;
  assign n749 = n100 & ~n260 ;
  assign n750 = ~n263 & ~n749 ;
  assign n751 = ~n269 & ~n750 ;
  assign n752 = ~n748 & ~n751 ;
  assign n753 = n733 & ~n738 ;
  assign n754 = ~n735 & ~n753 ;
  assign n755 = ~n742 & n754 ;
  assign n756 = n742 & ~n754 ;
  assign n757 = ~n755 & ~n756 ;
  assign n758 = n752 & ~n757 ;
  assign n759 = ~n752 & n757 ;
  assign n760 = ~n758 & ~n759 ;
  assign n761 = n747 & ~n760 ;
  assign n762 = n434 & ~n761 ;
  assign n763 = n370 & ~n762 ;
  assign n764 = n367 & ~n763 ;
  assign n765 = ~n751 & n757 ;
  assign n766 = ~n748 & ~n765 ;
  assign n767 = ~n686 & ~n766 ;
  assign n768 = n686 & n766 ;
  assign n769 = ~n767 & ~n768 ;
  assign n770 = ~n764 & n769 ;
  assign n771 = ~n728 & ~n770 ;
  assign n818 = ~n747 & n760 ;
  assign n819 = n370 & ~n761 ;
  assign n820 = ~n818 & n819 ;
  assign n772 = ~n367 & ~n760 ;
  assign n814 = n682 & ~n752 ;
  assign n789 = \303(40)_pad  & n391 ;
  assign n787 = \317(42)_pad  & n377 ;
  assign n788 = \311(41)_pad  & n385 ;
  assign n793 = ~n787 & ~n788 ;
  assign n794 = ~n789 & n793 ;
  assign n782 = \116(13)_pad  & n382 ;
  assign n790 = \33(3)_pad  & ~n782 ;
  assign n783 = \294(39)_pad  & n389 ;
  assign n784 = \322(43)_pad  & n387 ;
  assign n791 = ~n783 & ~n784 ;
  assign n785 = \283(38)_pad  & n394 ;
  assign n786 = \107(12)_pad  & n396 ;
  assign n792 = ~n785 & ~n786 ;
  assign n795 = n791 & n792 ;
  assign n796 = n790 & n795 ;
  assign n797 = n794 & n796 ;
  assign n803 = \58(7)_pad  & n389 ;
  assign n801 = \68(8)_pad  & n394 ;
  assign n802 = \159(21)_pad  & n385 ;
  assign n807 = ~n801 & ~n802 ;
  assign n808 = ~n803 & n807 ;
  assign n804 = ~\33(3)_pad  & ~n489 ;
  assign n798 = \50(6)_pad  & n391 ;
  assign n805 = ~n645 & ~n798 ;
  assign n799 = \143(19)_pad  & n387 ;
  assign n800 = \150(20)_pad  & n377 ;
  assign n806 = ~n799 & ~n800 ;
  assign n809 = n805 & n806 ;
  assign n810 = n804 & n809 ;
  assign n811 = n808 & n810 ;
  assign n812 = ~n797 & ~n811 ;
  assign n813 = n373 & ~n812 ;
  assign n774 = ~\116(13)_pad  & ~n255 ;
  assign n775 = ~n571 & ~n774 ;
  assign n776 = \87(10)_pad  & n775 ;
  assign n777 = ~\87(10)_pad  & ~n775 ;
  assign n778 = ~n776 & ~n777 ;
  assign n779 = n721 & ~n778 ;
  assign n773 = \97(11)_pad  & ~n369 ;
  assign n780 = n720 & ~n773 ;
  assign n781 = ~n779 & n780 ;
  assign n815 = n371 & ~n781 ;
  assign n816 = ~n813 & n815 ;
  assign n817 = ~n814 & n816 ;
  assign n821 = ~n772 & ~n817 ;
  assign n822 = ~n820 & n821 ;
  assign n873 = ~n434 & n746 ;
  assign n874 = n370 & ~n747 ;
  assign n875 = ~n873 & n874 ;
  assign n823 = ~n367 & ~n746 ;
  assign n824 = n682 & ~n739 ;
  assign n843 = \159(21)_pad  & n377 ;
  assign n841 = \68(8)_pad  & n389 ;
  assign n842 = \58(7)_pad  & n391 ;
  assign n847 = ~n841 & ~n842 ;
  assign n848 = ~n843 & n847 ;
  assign n844 = ~\33(3)_pad  & ~n409 ;
  assign n845 = ~n594 & ~n703 ;
  assign n839 = \150(20)_pad  & n387 ;
  assign n840 = \50(6)_pad  & n385 ;
  assign n846 = ~n839 & ~n840 ;
  assign n849 = n845 & n846 ;
  assign n850 = n844 & n849 ;
  assign n851 = n848 & n850 ;
  assign n859 = \311(41)_pad  & n391 ;
  assign n857 = \294(39)_pad  & n394 ;
  assign n858 = \322(43)_pad  & n377 ;
  assign n863 = ~n857 & ~n858 ;
  assign n864 = ~n859 & n863 ;
  assign n852 = \303(40)_pad  & n389 ;
  assign n860 = \33(3)_pad  & ~n852 ;
  assign n853 = \116(13)_pad  & n396 ;
  assign n854 = \317(42)_pad  & n385 ;
  assign n861 = ~n853 & ~n854 ;
  assign n855 = \326(44)_pad  & n387 ;
  assign n856 = \283(38)_pad  & n382 ;
  assign n862 = ~n855 & ~n856 ;
  assign n865 = n861 & n862 ;
  assign n866 = n860 & n865 ;
  assign n867 = n864 & n866 ;
  assign n868 = ~n851 & ~n867 ;
  assign n869 = n373 & ~n868 ;
  assign n828 = \45(5)_pad  & ~n532 ;
  assign n829 = \68(8)_pad  & \77(9)_pad  ;
  assign n830 = ~\45(5)_pad  & ~\50(6)_pad  ;
  assign n831 = \58(7)_pad  & n830 ;
  assign n832 = ~n829 & n831 ;
  assign n833 = n561 & n832 ;
  assign n834 = n721 & ~n833 ;
  assign n835 = ~n828 & n834 ;
  assign n825 = ~\107(12)_pad  & ~n369 ;
  assign n826 = ~\33(3)_pad  & n369 ;
  assign n827 = ~n561 & n826 ;
  assign n836 = ~n825 & ~n827 ;
  assign n837 = ~n835 & n836 ;
  assign n838 = n720 & ~n837 ;
  assign n870 = n371 & ~n838 ;
  assign n871 = ~n869 & n870 ;
  assign n872 = ~n824 & n871 ;
  assign n876 = ~n823 & ~n872 ;
  assign n877 = ~n875 & n876 ;
  assign n878 = ~\330(46)_pad  & n732 ;
  assign n879 = ~n371 & ~n733 ;
  assign n880 = ~n878 & n879 ;
  assign n881 = n682 & n732 ;
  assign n889 = \283(38)_pad  & n396 ;
  assign n887 = \303(40)_pad  & n394 ;
  assign n888 = \326(44)_pad  & n377 ;
  assign n893 = ~n887 & ~n888 ;
  assign n894 = ~n889 & n893 ;
  assign n882 = \322(43)_pad  & n385 ;
  assign n890 = \33(3)_pad  & ~n882 ;
  assign n883 = \294(39)_pad  & n382 ;
  assign n884 = \329(45)_pad  & n387 ;
  assign n891 = ~n883 & ~n884 ;
  assign n885 = \317(42)_pad  & n391 ;
  assign n886 = \311(41)_pad  & n389 ;
  assign n892 = ~n885 & ~n886 ;
  assign n895 = n891 & n892 ;
  assign n896 = n890 & n895 ;
  assign n897 = n894 & n896 ;
  assign n902 = \50(6)_pad  & n377 ;
  assign n900 = \58(7)_pad  & n385 ;
  assign n901 = \77(9)_pad  & n389 ;
  assign n906 = ~n900 & ~n901 ;
  assign n907 = ~n902 & n906 ;
  assign n903 = ~\33(3)_pad  & ~n485 ;
  assign n904 = ~n643 & ~n786 ;
  assign n898 = \159(21)_pad  & n387 ;
  assign n899 = \68(8)_pad  & n391 ;
  assign n905 = ~n898 & ~n899 ;
  assign n908 = n904 & n905 ;
  assign n909 = n903 & n908 ;
  assign n910 = n907 & n909 ;
  assign n911 = ~n897 & ~n910 ;
  assign n912 = n373 & ~n911 ;
  assign n916 = ~n512 & ~n567 ;
  assign n917 = n62 & ~n916 ;
  assign n918 = ~n62 & n916 ;
  assign n919 = ~n917 & ~n918 ;
  assign n920 = \45(5)_pad  & n919 ;
  assign n915 = ~\45(5)_pad  & n552 ;
  assign n921 = n721 & ~n915 ;
  assign n922 = ~n920 & n921 ;
  assign n913 = ~\116(13)_pad  & ~n369 ;
  assign n914 = ~n514 & n826 ;
  assign n923 = ~n913 & ~n914 ;
  assign n924 = ~n922 & n923 ;
  assign n925 = n720 & ~n924 ;
  assign n926 = n371 & ~n925 ;
  assign n927 = ~n912 & n926 ;
  assign n928 = ~n881 & n927 ;
  assign n929 = ~n880 & ~n928 ;
  assign n930 = ~n466 & ~n511 ;
  assign n931 = n466 & n511 ;
  assign n932 = ~n930 & ~n931 ;
  assign n933 = n877 & ~n929 ;
  assign n934 = ~n877 & n929 ;
  assign n935 = ~n933 & ~n934 ;
  assign n936 = n771 & n935 ;
  assign n937 = ~n771 & ~n935 ;
  assign n938 = ~n936 & ~n937 ;
  assign n939 = ~n636 & n681 ;
  assign n940 = n636 & ~n681 ;
  assign n941 = ~n939 & ~n940 ;
  assign n942 = n822 & ~n941 ;
  assign n943 = ~n822 & n941 ;
  assign n944 = ~n942 & ~n943 ;
  assign n945 = n938 & n944 ;
  assign n946 = ~n938 & ~n944 ;
  assign n947 = ~n945 & ~n946 ;
  assign n948 = n932 & n947 ;
  assign n949 = ~n932 & ~n947 ;
  assign n950 = ~n948 & ~n949 ;
  assign n951 = \213(26)_pad  & ~\343(47)_pad  ;
  assign n952 = ~n932 & ~n951 ;
  assign n953 = ~\2897(49)_pad  & n951 ;
  assign n954 = ~n952 & ~n953 ;
  assign n955 = n947 & n954 ;
  assign n956 = ~n947 & ~n954 ;
  assign n957 = ~n955 & ~n956 ;
  assign n958 = n681 & n929 ;
  assign n959 = n877 & n958 ;
  assign n960 = n636 & n959 ;
  assign n961 = n822 & n960 ;
  assign n962 = n771 & n961 ;
  assign n963 = n931 & n962 ;
  assign n964 = n931 & n951 ;
  assign n965 = \213(26)_pad  & ~n963 ;
  assign n966 = ~n964 & n965 ;
  assign n967 = n778 & n919 ;
  assign n968 = ~n778 & ~n919 ;
  assign n969 = ~n967 & ~n968 ;
  assign \2690(1611)  = ~n466 ;
  assign \2709(1587)  = ~n511 ;
  assign \353(405)_pad  = n513 ;
  assign \355(399)_pad  = ~n514 ;
  assign \358(1161)_pad  = n535 ;
  assign \361(940)_pad  = n558 ;
  assign \364(1484)_pad  = ~n565 ;
  assign \367(1585)_pad  = ~n589 ;
  assign \369(1321)_pad  = ~n591 ;
  assign \372(1243)_pad  = n592 ;
  assign \381(1626)_pad  = ~n636 ;
  assign \384(1553)_pad  = ~n681 ;
  assign \387(1616)_pad  = ~n771 ;
  assign \390(1603)_pad  = ~n822 ;
  assign \393(1605)_pad  = ~n877 ;
  assign \396(1504)_pad  = ~n929 ;
  assign \399(1428)_pad  = ~n755 ;
  assign \402(1718)_pad  = n950 ;
  assign \404(1714)  = n957 ;
  assign \407(1657)_pad  = ~n963 ;
  assign \409(1670)_pad  = ~n966 ;
  assign \605(1186)  = n969 ;
endmodule